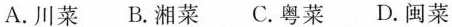
A.川菜B.湘菜C.粤菜D.闽菜